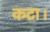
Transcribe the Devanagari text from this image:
कटा।